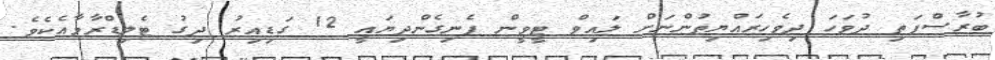
ބުރާސްފަތި ދުވަހަ ދިވެހިރައްޔިތުންނަށް ލައިވް ޓީވީން ފެނިގެންދިޔައީ 12 ގަޑިއިރު ދިގު ޓެލިޑްރާމާއެކެވެ.